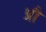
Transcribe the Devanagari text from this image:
प्रौ